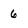
Character: 6